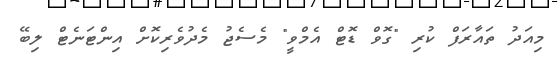
މިއަދު ތައާރަފް ކުރި "ގޮވް ޑޮޓް އެމްވީ" މެސެޖު މެދުވެރިކޮށް އިންޓަނެޓް ލިބޭ